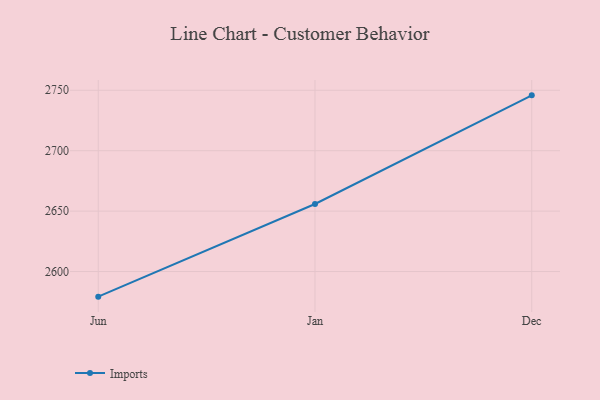
{"axis": {"x": "Month", "y": "Market Share (%)"}, "legend": ["Imports"], "data": [{"x": "Jun", "y": 2579.2, "type": "Imports"}, {"x": "Jan", "y": 2655.9, "type": "Imports"}, {"x": "Dec", "y": 2745.8, "type": "Imports"}]}